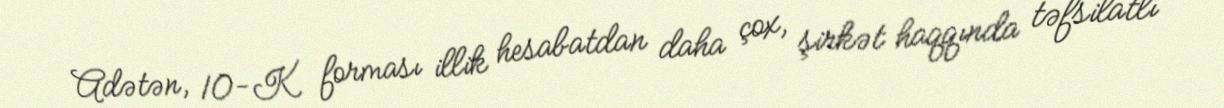
Adətən, 10-K forması illik hesabatdan daha çox, şirkət haqqında təfsilatlı